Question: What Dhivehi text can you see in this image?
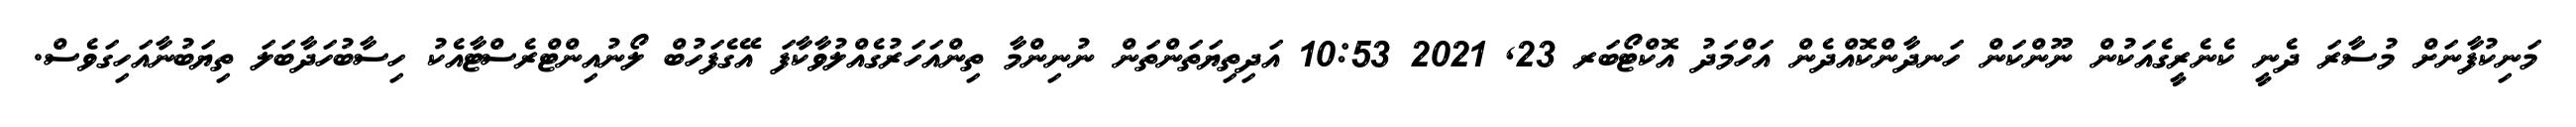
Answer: މަނިކުފާނަށް މުސާރަ ދެނީ ކެނެރީގެއަކުން ނޫންކަން ހަނދާންކޮއްދެން އަހްމަދު އޮކްޓޯބަރ 23, 2021 10:53 އަދިތިޔަތަންތަން ނުނިންމާ ތިންއަހަރުގެއްލުވާކާފަ އޭގެފަހުބް ލޯނުއިންޓްރެސްޓާއެކު ހިސާބުހަދާބަލަ ތިޔަބުނާއަހިގަވެސް.